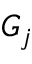
G _ { j }